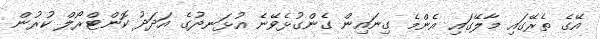
އޭގެ ތެރޭގައި މާލޭގައި އެންމެ ގިނައިން ގެންގުޅެވޭނެ އުޅަނދުގެ އަދަދު ކޮންޓްރޯލް ކުރުން